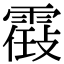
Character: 𩄸